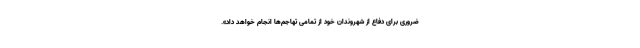
ضروری برای دفاع از شهروندان خود از تمامی تهاجم‌ها انجام خواهد داد».